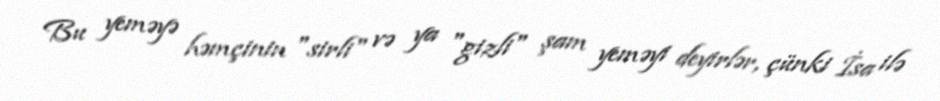
Bu yeməyə həmçinin "sirli" və ya "gizli" şam yeməyi deyirlər, çünki İsa ilə